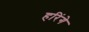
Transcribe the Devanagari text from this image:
हरिंगे